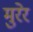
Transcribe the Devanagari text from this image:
मुरेर